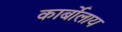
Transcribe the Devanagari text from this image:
कार्बोलाय